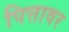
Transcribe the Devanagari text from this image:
पित्तावर